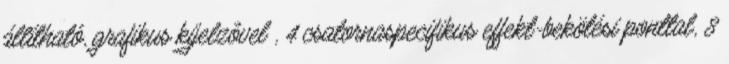
állítható, grafikus kijelzôvel , 4 csatornaspecifikus effekt-bekötési ponttal, 8